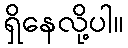
ရှိနေလို့ပါ။